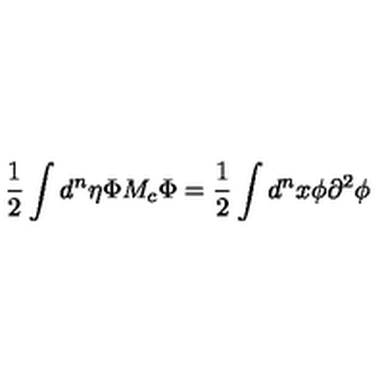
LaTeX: \frac { 1 } { 2 } \int { d ^ { n } \eta } { \Phi } { M _ { c } } { \Phi } = \frac { 1 } { 2 } \int { d ^ { n } x } { \phi } { \partial } ^ { 2 } { \phi }